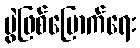
ပွဲဖြစ်မြောက်ရေး